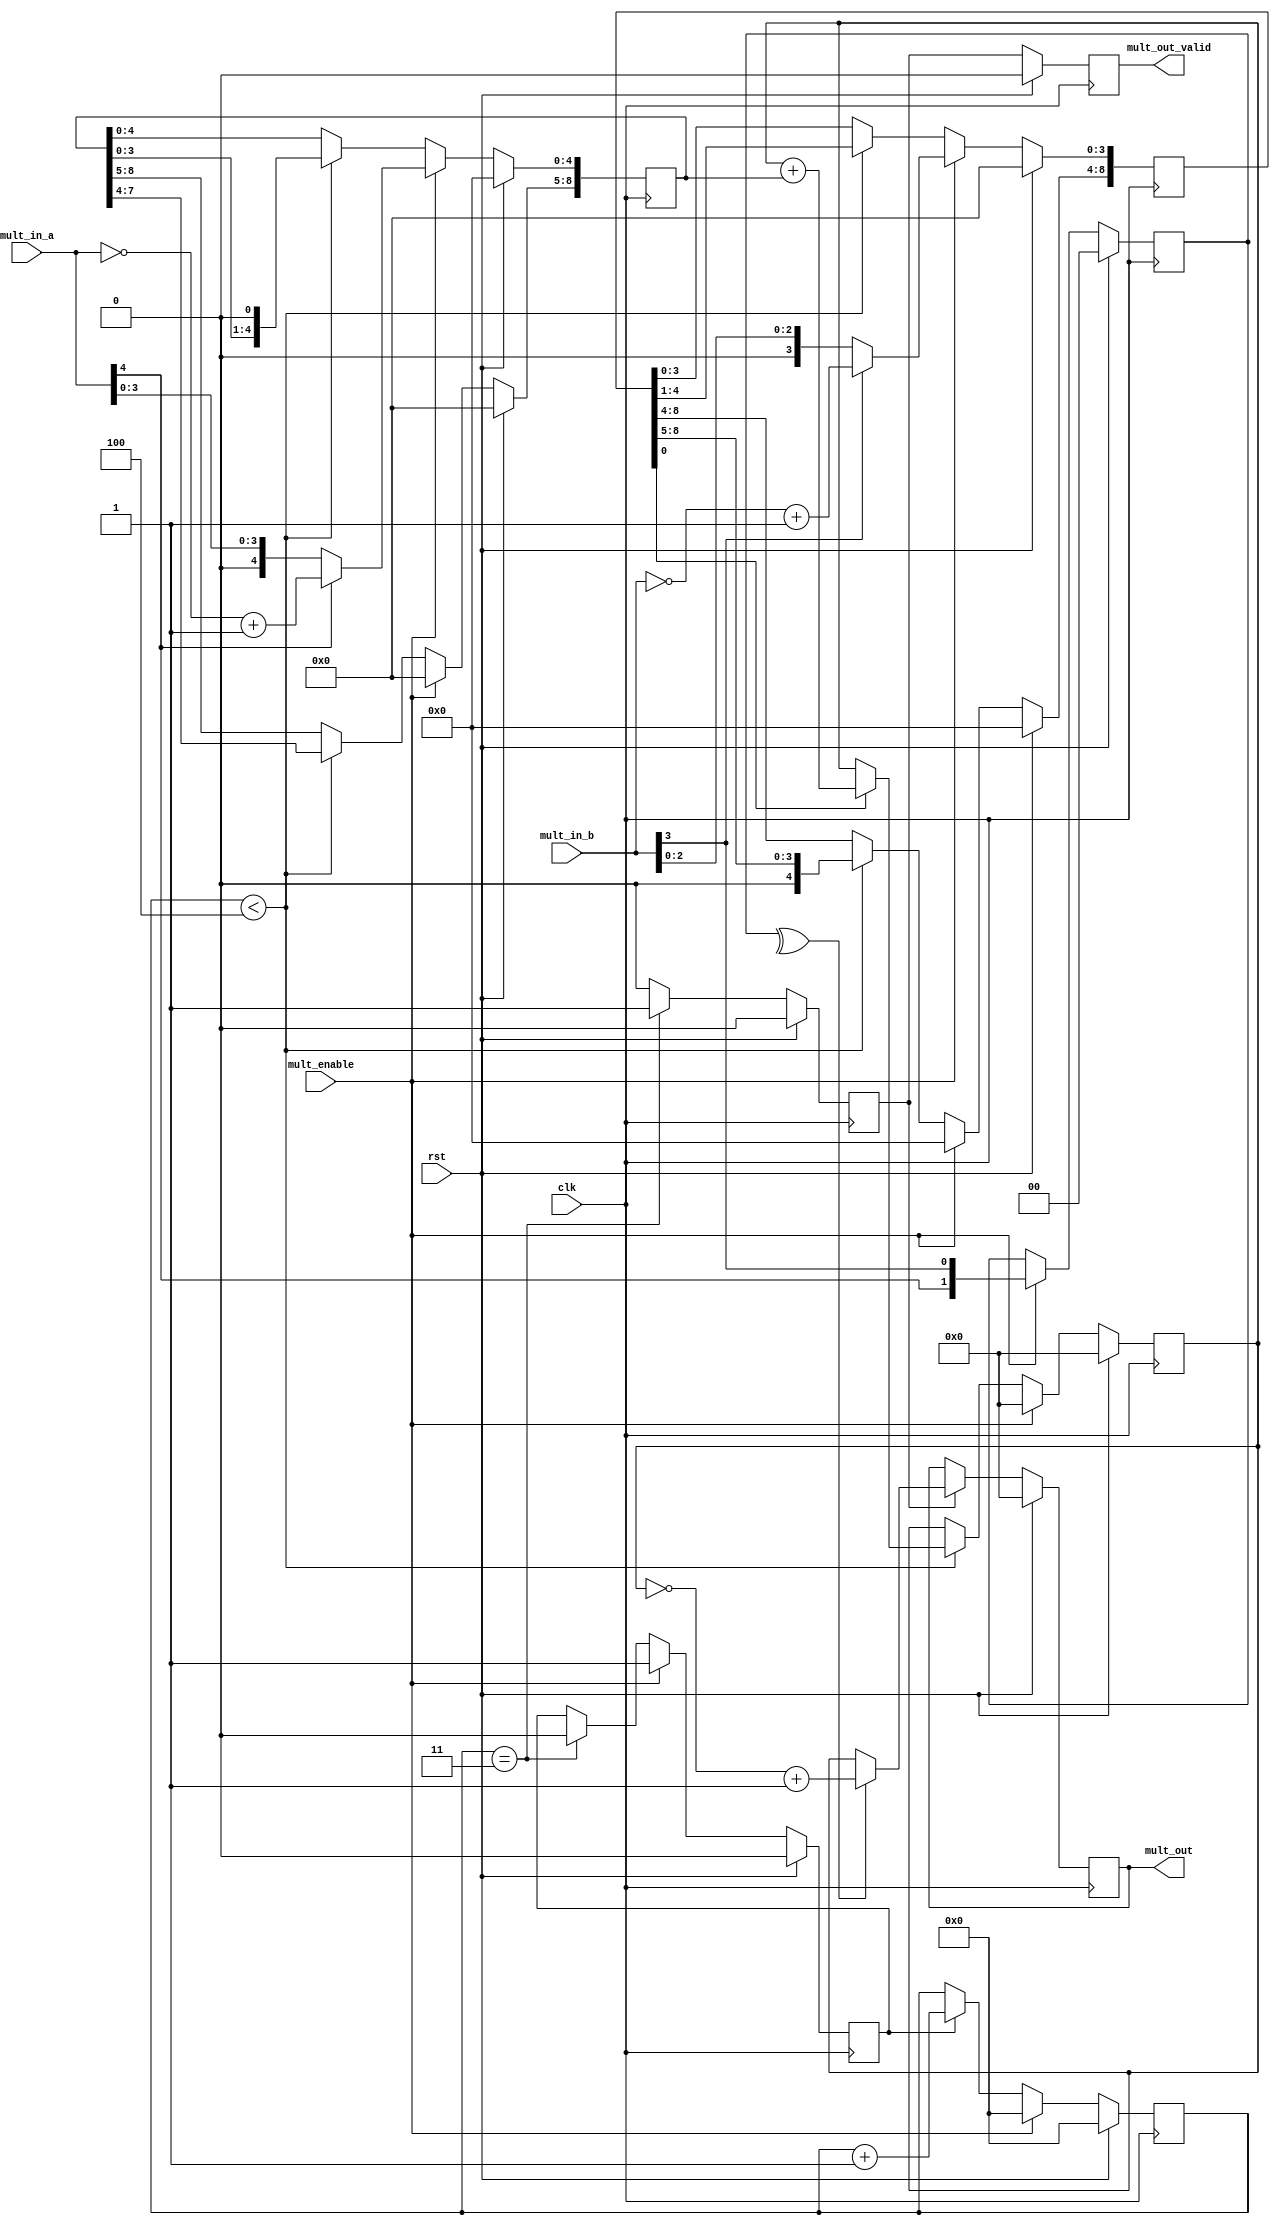
// -----------------------------------------------------------------------------
// Copyright (c) 2019-2022 All rights reserved
// -----------------------------------------------------------------------------
// File   	 : mult_basic
// Create 	 : 2022-07-15
// Revise 	 : 2022-
// Editor 	 : Vscode, tab size (4)
// Functions : multiple 
// 			   
// -----------------------------------------------------------------------------
module mult_basic #(
    parameter M = 5,
    parameter N = 4
) (
    input   wire                clk         ,
    input   wire                rst         ,
    input   wire                mult_enable ,
    input   wire    [M-1:0]     mult_in_a   ,
    input   wire    [N-1:0]     mult_in_b   ,

    output  reg     [M+N-1:0]   mult_out    ,  
    output  reg                 mult_out_valid
);

    //====================================================
    // parameter define
    //====================================================


    //====================================================
    // internal signals and registers
    //====================================================
    reg     [5:0]       cnt_pipe_idx    ;
    reg                 shift_flag      ;
    reg     [1:0]       sign            ;
    reg     [M+N-1:0]   mult_shift_a    ;
    reg     [M+N-1:0]   mult_shift_b    ;
    reg     [M+N-1:0]   mult_acc        ;
    reg                 mult_acc_valid  ;

    //----------------sign------------------
    always @(posedge clk ) begin
        if (rst==1'b1) begin
            sign <= 'd0;
        end
        else if (mult_enable == 1'b1) begin
            sign <= {mult_in_a[M-1], mult_in_b[N-1]};
        end
    end

    //----------------mult_shift------------------
    always @(posedge clk ) begin
        if (rst==1'b1) begin
            mult_shift_a <= 'd0;
            mult_shift_b <= 'd0;
        end
        else if (mult_enable == 1'b1) begin
            mult_shift_a[M-1:0] <= mult_in_a[M-1]? ~mult_in_a + 1 : mult_in_a;
            mult_shift_b[N-1:0] <= mult_in_b[N-1]? ~mult_in_b + 1 : mult_in_b;
            mult_shift_a[M+N-1:M] <= 'd0;
            mult_shift_b[M+N-1:N] <= 'd0;
        end
        else if (cnt_pipe_idx < N) begin
            mult_shift_a <= mult_shift_a << 1;
            mult_shift_b <= mult_shift_b >> 1;
        end
    end

    //----------------cnt_pipe_idx------------------
    always @(posedge clk ) begin
        if (rst==1'b1) begin
            shift_flag <= 'd0;
        end
        else if (mult_enable == 1'b1) begin
            shift_flag <= 1'b1;
        end
        else if (cnt_pipe_idx == N -1) begin
            shift_flag <= 1'b0;
        end
    end

    //----------------cnt_pipe_idx------------------
    always @(posedge clk ) begin
        if (rst==1'b1) begin
            cnt_pipe_idx <= 'd0;
        end
        else if (mult_enable == 1'b1) begin
            cnt_pipe_idx <= 'd0;
        end
        else if (shift_flag == 1'b1) begin
            cnt_pipe_idx <= cnt_pipe_idx + 1'b1;
        end
    end

    //----------------mult_acc------------------
    always @(posedge clk ) begin
        if (rst==1'b1) begin
            mult_acc <= 'd0;
        end
        else if (mult_enable == 1'b1) begin
            mult_acc <= 'd0;
        end
        else if (cnt_pipe_idx < N) begin
            mult_acc <= mult_shift_b[0] ? mult_acc + mult_shift_a : mult_acc;
        end
    end

    //----------------mult_acc_valid------------------
    always @(posedge clk ) begin
        if (rst==1'b1) begin
            mult_acc_valid <= 1'b0;
        end
        else if (cnt_pipe_idx == N-1) begin
            mult_acc_valid <= 1'b1;
        end
        else  begin
            mult_acc_valid <=  1'b0;
        end
    end

    //----------------mult_out------------------
    always @(posedge clk ) begin
        if (rst==1'b1) begin
            mult_out <= 'd0;
        end
        else if (mult_acc_valid) begin
            mult_out <= ^sign ? ~mult_acc + 1 : mult_acc;
        end
    end

    //----------------mult_out_valid------------------
    always @(posedge clk ) begin
        if (rst==1'b1) begin
            mult_out_valid <= 1'b0;
        end
        else  begin
            mult_out_valid <= mult_acc_valid;
        end
    end
endmodule